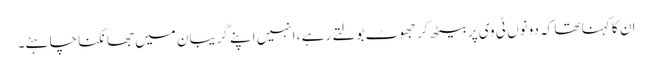
ان کا کہنا تھا کہ دونوں ٹی وی پر بیٹھ کر جھوٹ بولتے رہے ، انہیں اپنے گریبان میں جھانکنا چاہئے۔